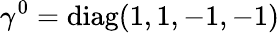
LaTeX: \gamma^{0}=\mathrm{diag}(1,1,-1,-1)